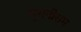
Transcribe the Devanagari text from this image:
मुगनीराम